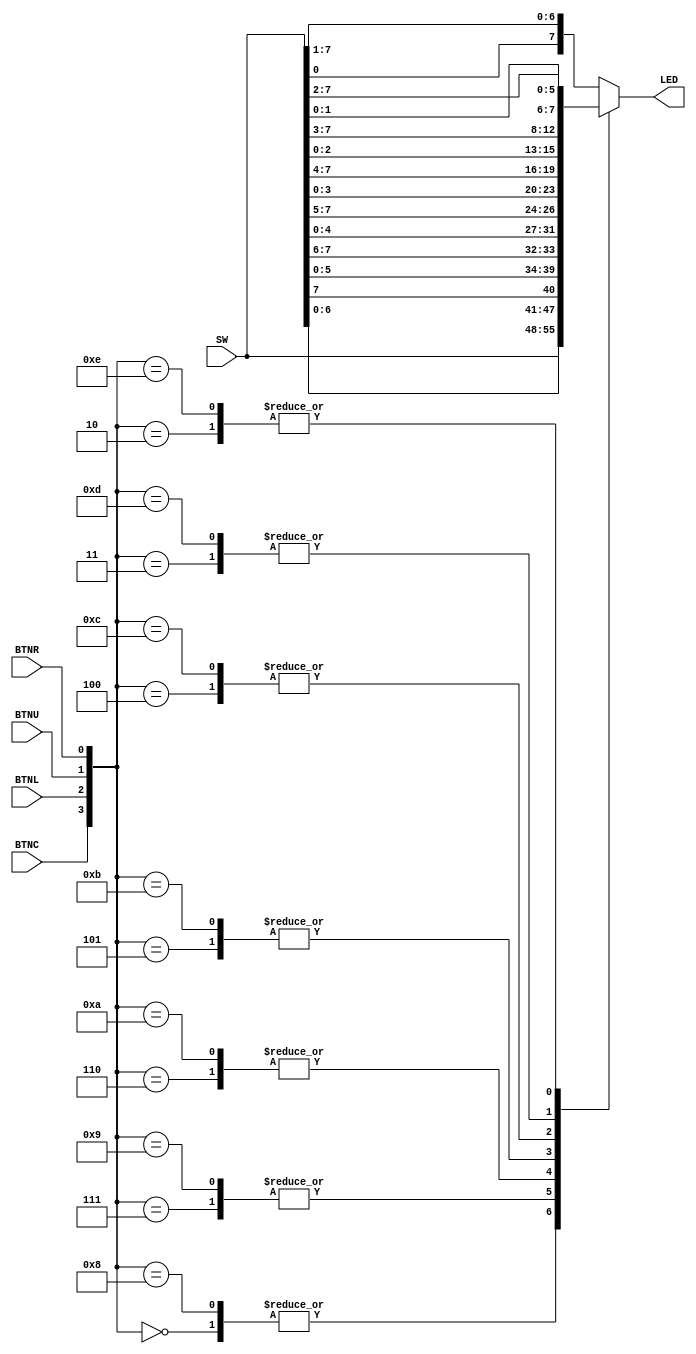
// Listing 3.18
module barrel_shifter_case
   (
     input [7:0] SW,
     input BTNL,
     input BTNR,
     input BTNU,
     input BTNC,
     output reg [7:0] LED
    );

   // body
   always @* begin
      case({BTNC,BTNL,BTNU,BTNR})
         4'b0000: LED = SW;
         4'b0001: LED = {SW[0], SW[7:1]};
         4'b0010: LED = {SW[1:0], SW[7:2]};
         4'b0011: LED = {SW[2:0], SW[7:3]};
         4'b0100: LED = {SW[3:0], SW[7:4]};
         4'b0101: LED = {SW[4:0], SW[7:5]};
         4'b0110: LED = {SW[5:0], SW[7:6]};
         4'b0111: LED = {SW[6:0], SW[7]};
         4'b1000: LED = SW;
         4'b1001:LED = {SW[6:0], SW[7]};
         4'b1010:LED = {SW[5:0], SW[7:6]};
         4'b1011:LED = {SW[4:0], SW[7:5]};
         4'b1100:LED = {SW[3:0], SW[7:4]};
         4'b1101:LED = {SW[2:0], SW[7:3]};
         4'b1110:LED = {SW[1:0], SW[7:2]};
         default: LED = {SW[0], SW[7:1]};
      endcase
end

endmodule